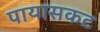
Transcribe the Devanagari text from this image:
पायासकट